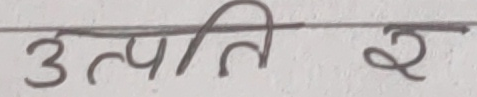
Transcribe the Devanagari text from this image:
उत्पत्ति र २